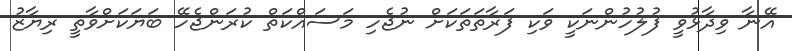
އޭނާ ވިދާޅުވީ ފުލުހުންނަކީ ވަކި ފަރާތަތަކަށް ނުޖެހި މަސައްކަތް ކުރަންޖެހޭ ބަޔަކަށްވާތީ ރިޔާޒު